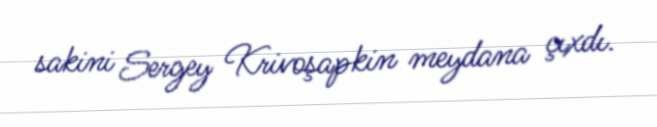
sakini Sergey Krivoşapkin meydana çıxdı.